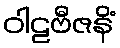
ဝါဠဗီဇနိံ